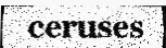
ceruses